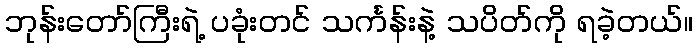
ဘုန်းတော်ကြီးရဲ့ ပခုံးတင် သင်္ကန်းနဲ့ သပိတ်ကို ရခဲ့တယ်။